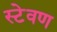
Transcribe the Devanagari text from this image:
स्टेवण